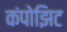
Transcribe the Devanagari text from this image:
कंपोझिट